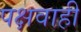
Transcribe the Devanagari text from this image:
पक्षवाही